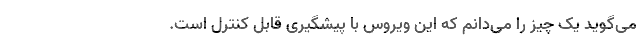
می‌گوید یک چیز را می‌دانم که این ویروس با پیشگیری قابل کنترل است.